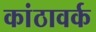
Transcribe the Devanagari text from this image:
कांठावर्क